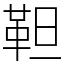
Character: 靼